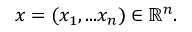
x = ( x _ { 1 } , . . . x _ { n } ) \in \mathbb { R } ^ { n } .